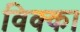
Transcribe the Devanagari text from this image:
विक्का